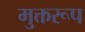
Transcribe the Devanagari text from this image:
मुक्तरूप